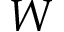
W